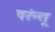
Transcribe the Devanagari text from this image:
परंन्तू